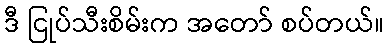
ဒီ ငြုပ်သီးစိမ်းက အတော် စပ်တယ်။